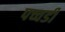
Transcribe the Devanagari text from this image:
पच्चडी